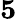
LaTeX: \mathbf{5}